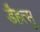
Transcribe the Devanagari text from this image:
डैहत्सु